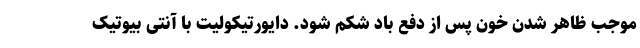
موجب ظاهر شدن خون پس از دفع باد شکم شود. دایورتیکولیت با آنتی بیوتیک